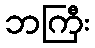
ဘကြီး